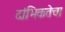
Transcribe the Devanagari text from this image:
दांभिकतेचा